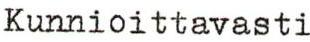
Kunnioittavasti